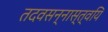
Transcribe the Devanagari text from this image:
तदवसन्नास्त्वयि